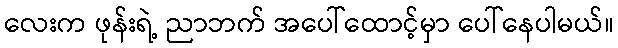
လေးက ဖုန်းရဲ့ ညာဘက် အပေါ်ထောင့်မှာ ပေါ်နေပါမယ်။